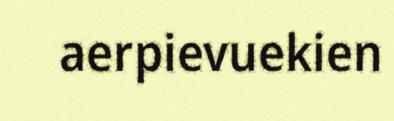
aerpievuekien